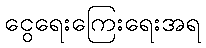
ငွေရေးကြေးရေးအရ